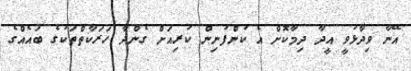
އޭނާ ވިދާޅުވީ އީދާ ދިމާކޮށް އެ ކުންފުނިން ކުރިއަށް ގެންދާ ހަރަކާތްތަކުގެ ބައެއްގެ